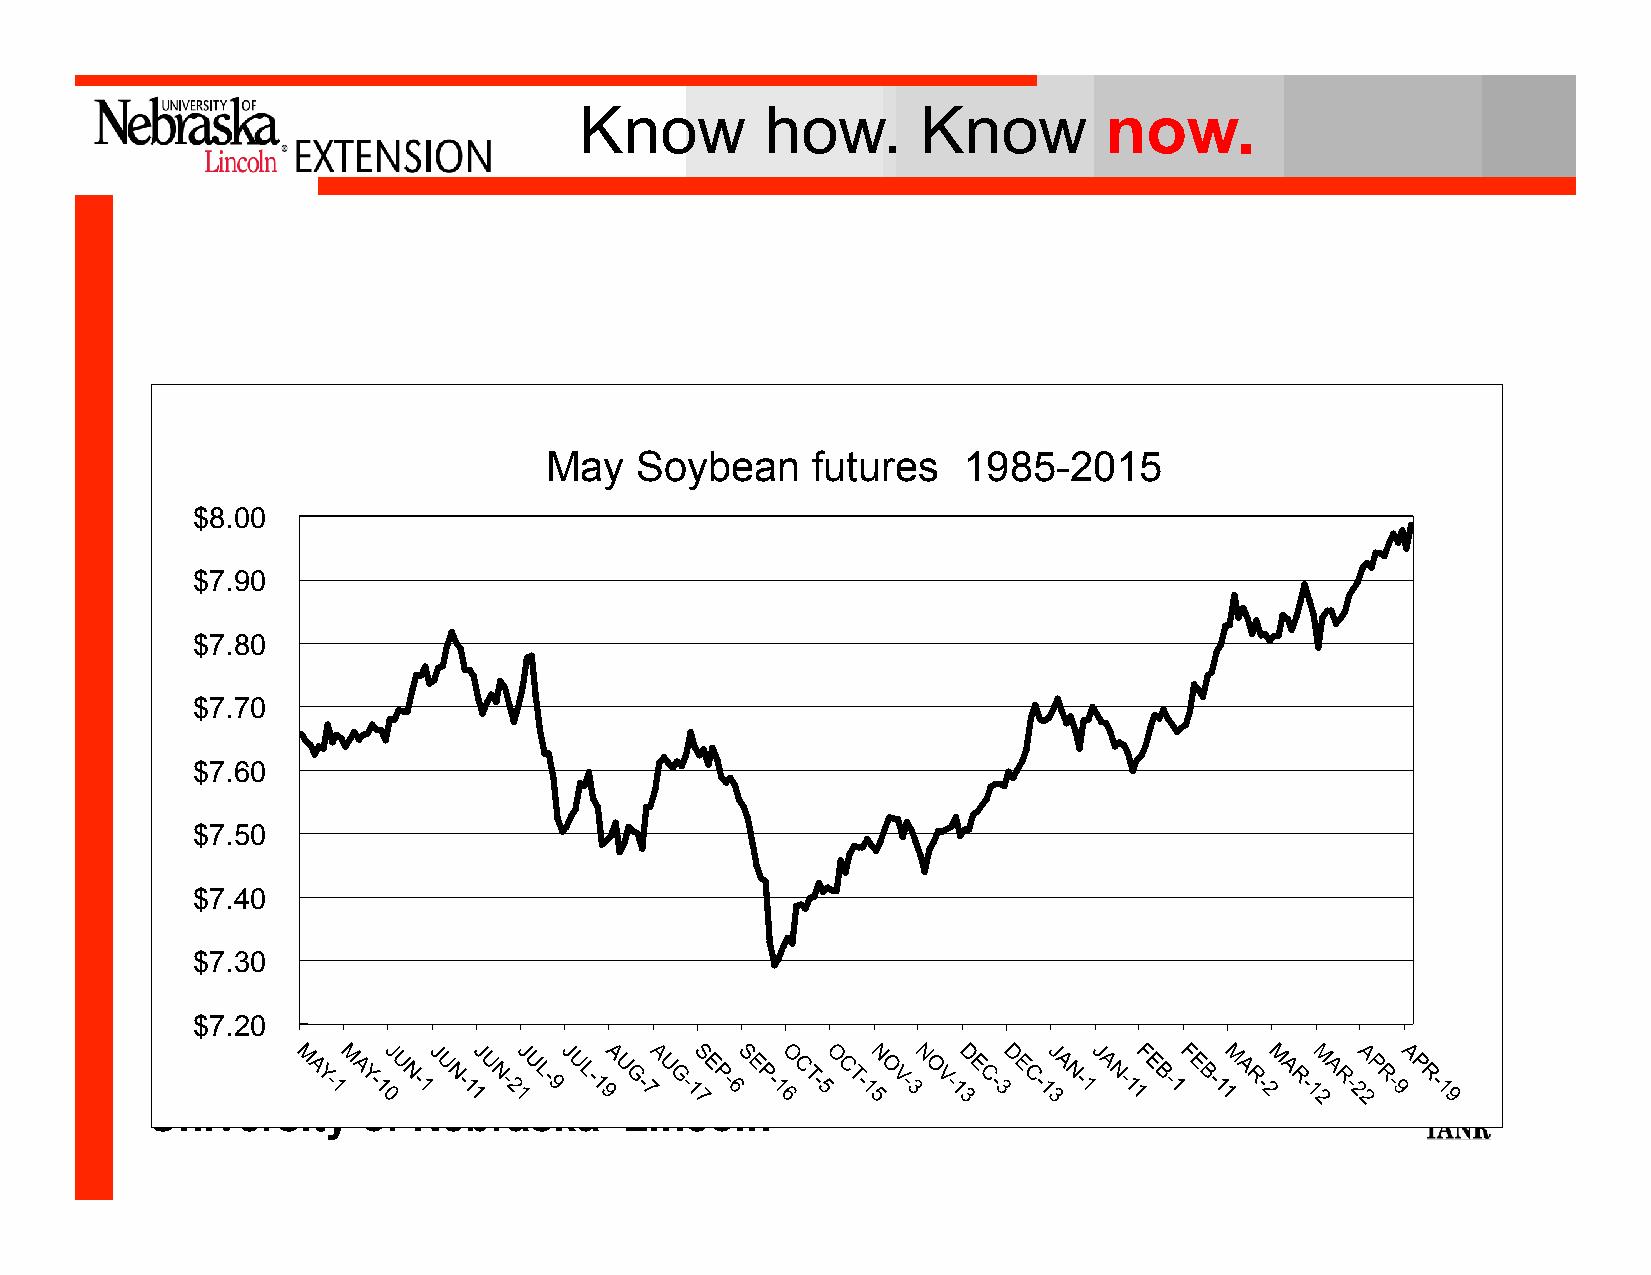
Know         how.      Know        now.
 May   Soybean     futures   1985-2015
 $8.00
 $7.90
 $7.80
 $7.70
 $7.60
 $7.50
 $7.40
 $7.30
 $7.20
 University    of Nebraska–Lincoln